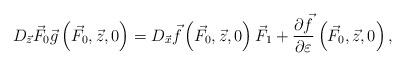
LaTeX: \begin{align*} D_{\vec {z}} \vec {F}_0 \vec {g}\left( {\vec {F}_0,\vec{z},0} \right) = D_{\vec {x}} \vec {f}\left( {\vec {F}_0,\vec {z},0}\right)\vec {F}_1 + \frac{\partial \vec {f}}{\partial \varepsilon}\left( {\vec {F}_0,\vec {z},0} \right),\end{align*}